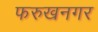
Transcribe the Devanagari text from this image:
फरुखनगर